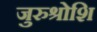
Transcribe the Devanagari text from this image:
जुरुश्रोशि